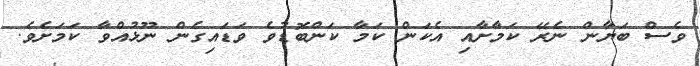
ވެސް ބަޔާން ނެރޭ ކަމާށާއި އެކަން ކަމާ ކަންބޮޑުވެ ވަޑައިގެން ނޫޅުއްވާ ކަމަށެވެ.